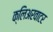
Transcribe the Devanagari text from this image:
क्लिअरवाटर